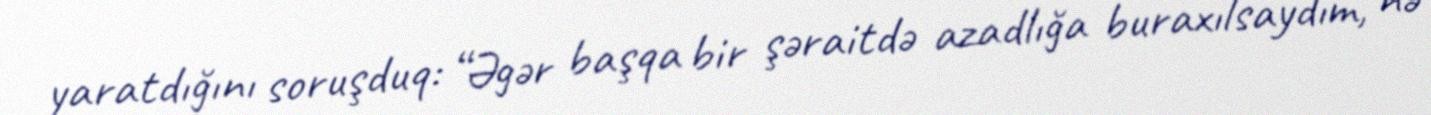
yaratdığını soruşduq: “Əgər başqa bir şəraitdə azadlığa buraxılsaydım, nə